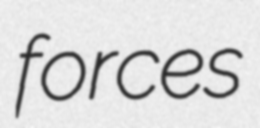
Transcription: forces